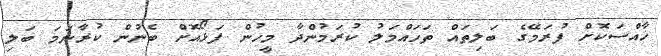
ޚާއްސަކޮށް ފުރަމޭގެ ބަލިތައް ތަހައްމަލު ކުރަމުންދާ މީހުން ފަޅޯއޮށް ބެނުން ކުރާނަމަ ބަލި